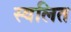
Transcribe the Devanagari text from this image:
स्वलित